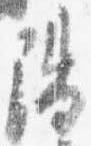
陽